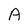
Character: A